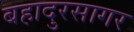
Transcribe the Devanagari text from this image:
बहादुरसागर